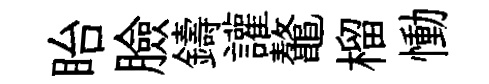
眙臉鑄讙鼇榴慟